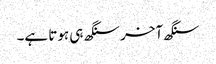
سنگھ آخر سنگھ ہی ہوتا ہے۔